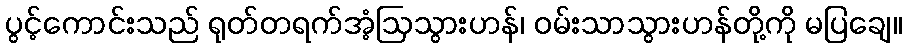
ပွင့်ကောင်းသည် ရုတ်တရက်အံ့ဩသွားဟန်၊ ဝမ်းသာသွားဟန်တို့ကို မပြချေ။